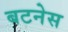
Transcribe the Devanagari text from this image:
बटनेस